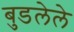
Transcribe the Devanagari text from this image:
बुडलेले